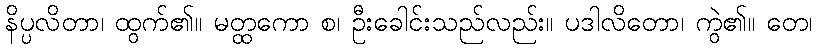
နိပ္ပလိတာ၊ ထွက်၏။ မတ္ထကော စ၊ ဦးခေါင်းသည်လည်း။ ပဒါလိတော၊ ကွဲ၏။ တေ၊